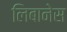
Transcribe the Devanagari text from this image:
लिबानेस